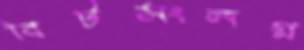
বিটসংলগ্ন